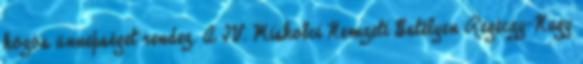
közös ünnepséget rendez. A IV. Miskolci Nemzeti Estélyen Regéczy-Nagy